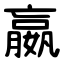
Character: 嬴